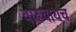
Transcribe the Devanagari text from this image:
वाढवायच